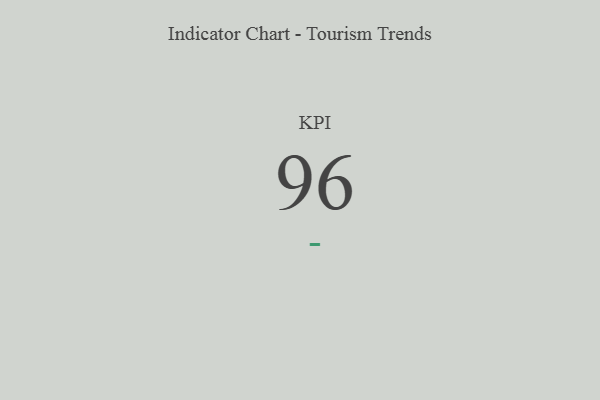
{"axis": {"x": "KPI", "y": "Value"}, "legend": [""], "data": [{"x": "KPI", "y": 96, "type": ""}]}